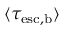
\langle \tau _ { \mathrm { e s c , b } } \rangle